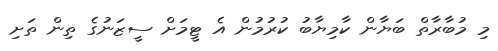
މި މުބާރާތް ބަޔާން ކާމިޔާބު ކުރުމުން އެ ޓީމަށް ސީޒަނުގެ ތިން ތަށި